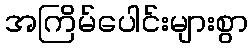
အကြိမ်ပေါင်းများစွာ